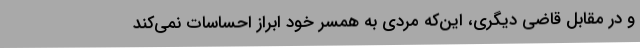
و در مقابل قاضی دیگری، این‌که مردی به همسر خود ابراز احساسات نمی‌کند